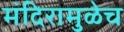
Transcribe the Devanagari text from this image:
मंदिरामुळेच